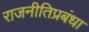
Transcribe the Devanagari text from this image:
राजनीतिप्रबंधा